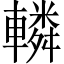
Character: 轔